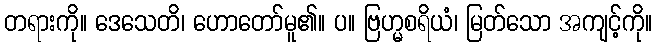
တရားကို။ ဒေသေတိ၊ ဟောတော်မူ၏။ ပ။ ဗြဟ္မစရိယံ၊ မြတ်သော အကျင့်ကို။